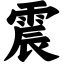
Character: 震